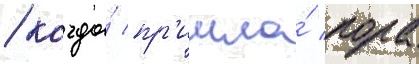
/ когда́ пр'ишла́ пора